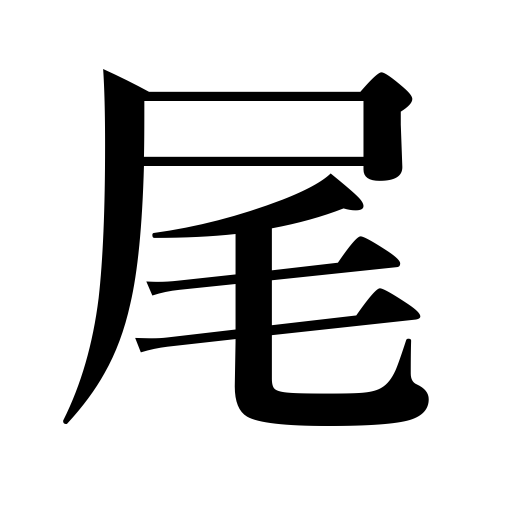
Meanings: end,tail,trail of a meteor,counter for fish,lower slope of a mountain